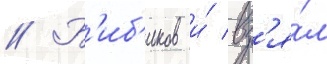
// Б'иб'иков и́ вз'я́л